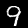
Digit: 9